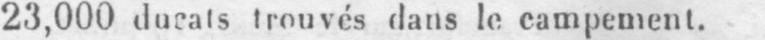
23,000 ducats trouvés dans le campement.